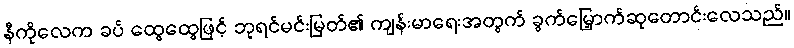
နီကိုလေက ခပ် ထွေထွေဖြင့် ဘုရင်မင်းမြတ်၏ ကျန်းမာရေးအတွက် ခွက်မြှောက်ဆုတောင်းလေသည်။